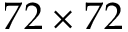
7 2 \times 7 2